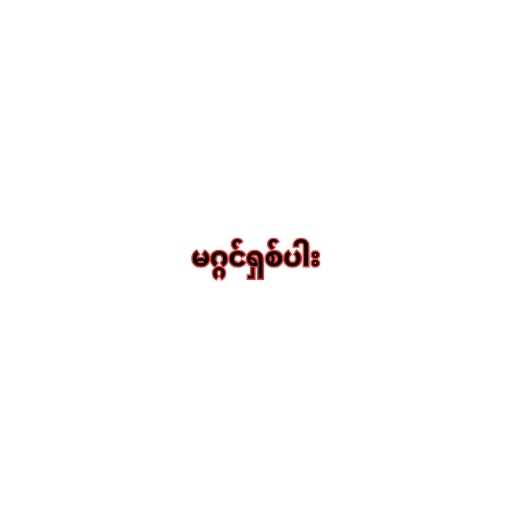
မဂ္ဂင်ရှစ်ပါး